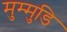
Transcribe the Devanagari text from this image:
मुम्मुडि